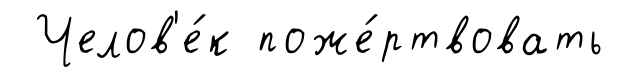
Челов'е́к поже́ртвовать